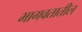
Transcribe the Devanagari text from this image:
भागवतातील